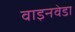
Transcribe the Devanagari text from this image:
वाइनवेडा